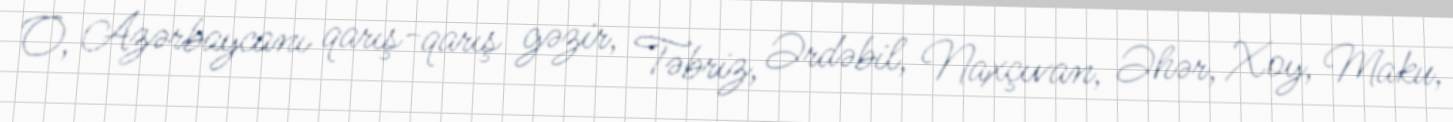
O, Azərbaycanı qarış-qarış gəzir, Təbriz, Ərdəbil, Naxçıvan, Əhər, Xoy, Maku,